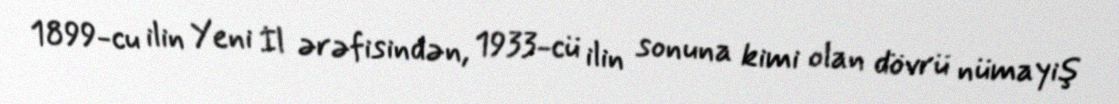
1899-cu ilin Yeni İl ərəfisindən, 1933-cü ilin sonuna kimi olan dövrü nümayiş